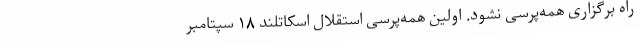
راه برگزاری همه‌پرسی نشود. اولین همه‌پرسی استقلال اسکاتلند ۱۸ سپتامبر